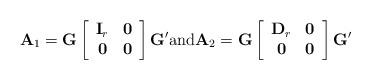
LaTeX: \begin{align*}{\bf A}_1 = {\bf G} \left[\begin{array}{cc}{\bf I}_r& {\bf 0}\\{\bf 0}& {\bf 0}\end{array}\right]{\bf G}' \mbox{and} {\bf A}_2 = {\bf G} \left[\begin{array}{cc}{\bf D}_r& {\bf 0}\\{\bf 0}& {\bf 0}\end{array}\right]{\bf G}'\end{align*}